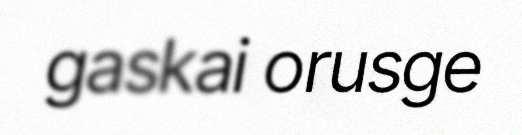
gaskai orusge